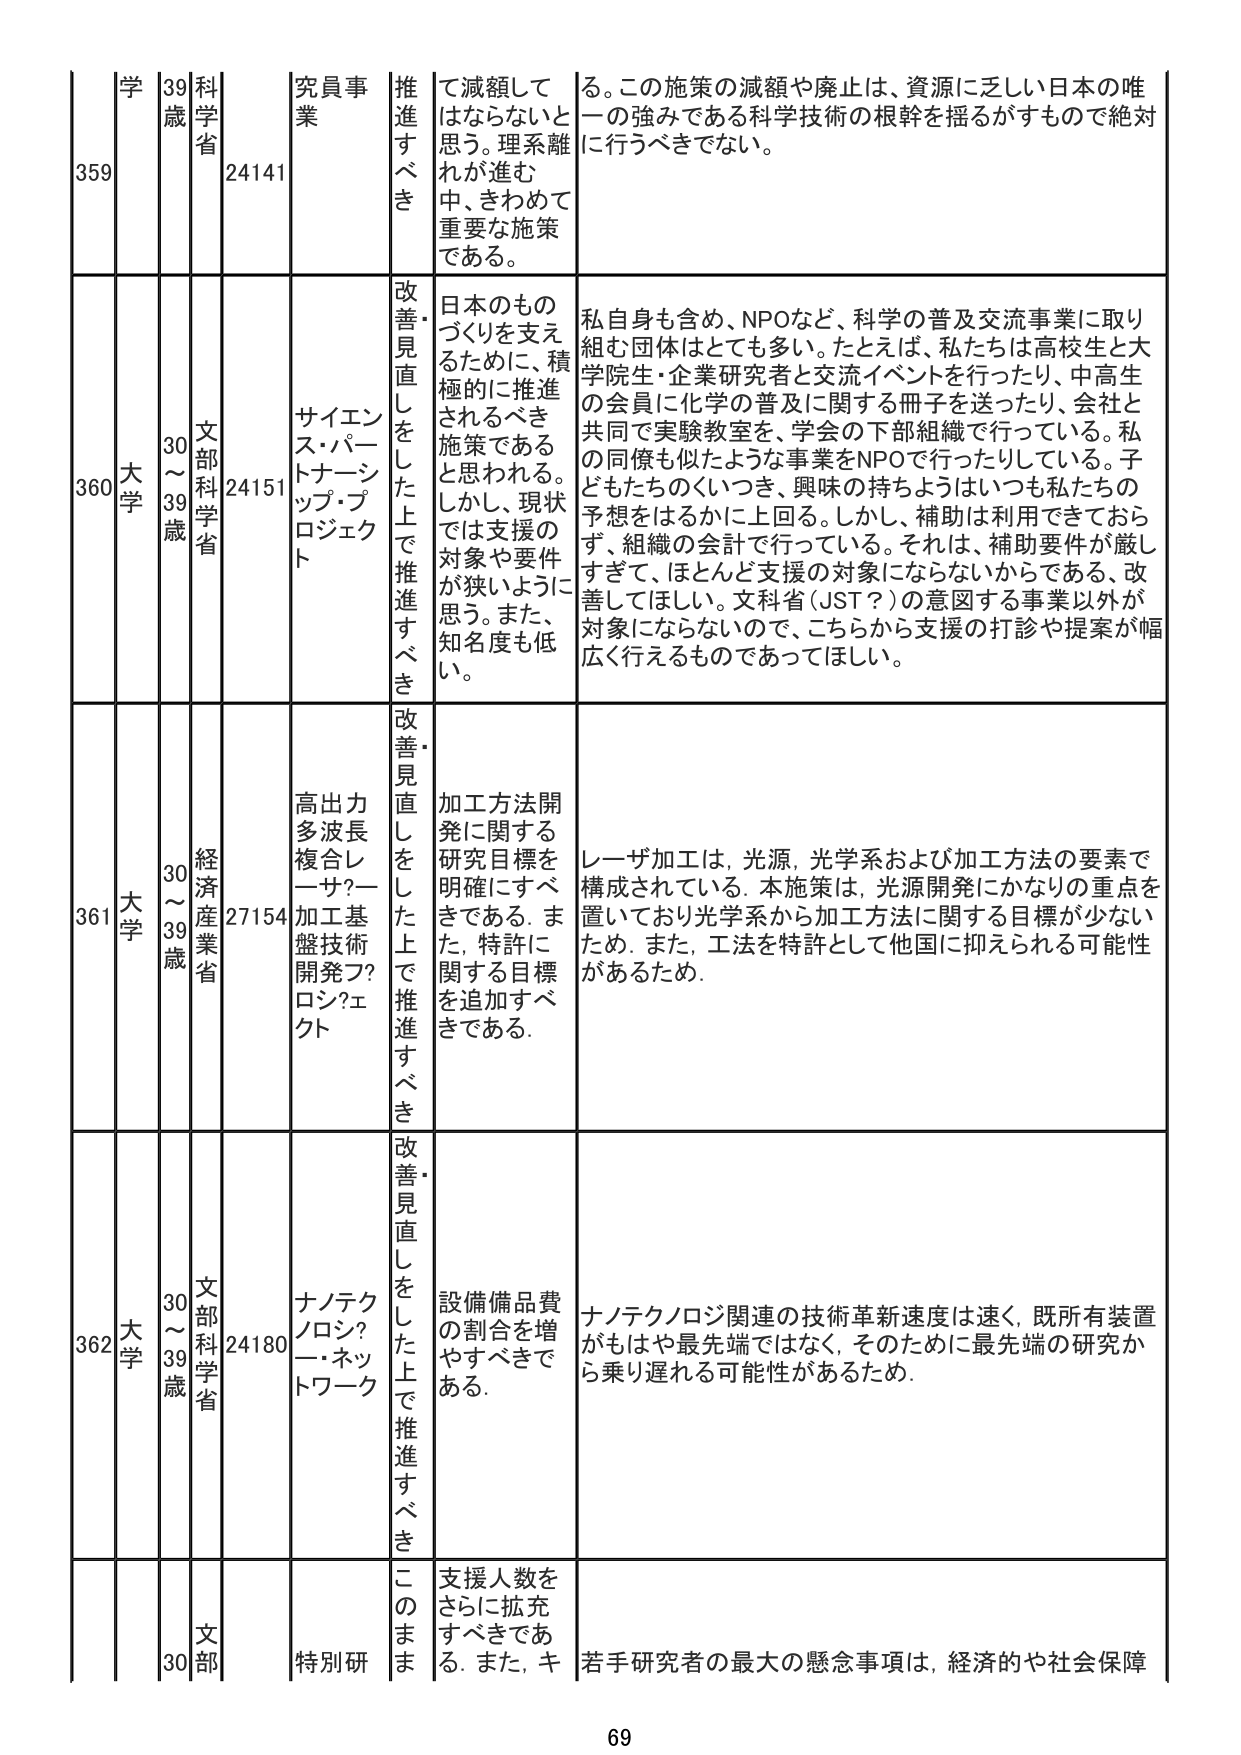
359 学 39歳 科学省 24141 究員事業 推進すべき て減額して はならないと 思う。理系離れが進む 中、きわめて 重要な施策である。 る。この施策の減額や廃止は、資源に乏しい日本の唯一の強みである科学技術の根幹を揺るがすもので絶対に行うべきでない。

360 大学 30～39歳 文部科学省 24151 サイエンス・パートナーシップ・プロジェクト 改善・見直しをした上で推進すべき 日本のものづくりを支えるために、積極的に推進されるべき施策であると思われる。しかし、現状では支援の対象や要件が狭いように思う。また、知名度も低い。 私自身も含め、NPOなど、科学の普及交流事業に取り組む団体はとても多い。たとえば、私たちは高校生と大学院生・企業研究者と交流イベントを行ったり、中高生の会員に化学の普及に関する冊子を送ったり、会社と共同で実験教室を、学会の下部組織で行っている。私の同僚も似たような事業をNPOで行ったりしている。子どもたちのくいつき、興味の持ちようはいつも私たちの予想をはるかに上回る。しかし、補助は利用できておらず、組織の会計で行っている。それは、補助要件が厳しすぎて、ほとんど支援の対象にならないからである。改善してほしい。文科省（JST？）の意図する事業以外が対象にならないので、こちらから支援の打診や提案が幅広く行えるものであってほしい。

361 大学 30～39歳 経済産業省 27154 高出力多波長複合レーザ？一加工基盤技術開発フ？ロシ？エクト 改善・見直しをした上で推進すべき 加工方法開発に関する研究目標を明確にすべきである。また、特許に関する目標を追加すべきである。 レーザ加工は、光源、光学系および加工方法の要素で構成されている。本施策は、光源開発にかなりの重点を置いており光学系から加工方法に関する目標が少ないため。また、工法を特許として他国に抑えられる可能性があるため。

362 大学 30～39歳 文部科学省 24180 ナノテクノロジ？ー・ネットワーク 改善・見直しをした上で推進すべき 設備備品費の割合を増やすべきである。 ナノテクノロジ関連の技術革新速度は速く、既所有装置がもはや最先端ではなく、そのために最先端の研究から乗り遅れる可能性があるため。

30 文部 特別研 このまま 支援人数をさらに拡充すべきである。また、キ 若手研究者の最大の懸念事項は、経済的や社会保障

69